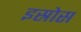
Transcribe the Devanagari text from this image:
इस्रोस